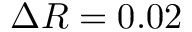
\Delta R = 0 . 0 2